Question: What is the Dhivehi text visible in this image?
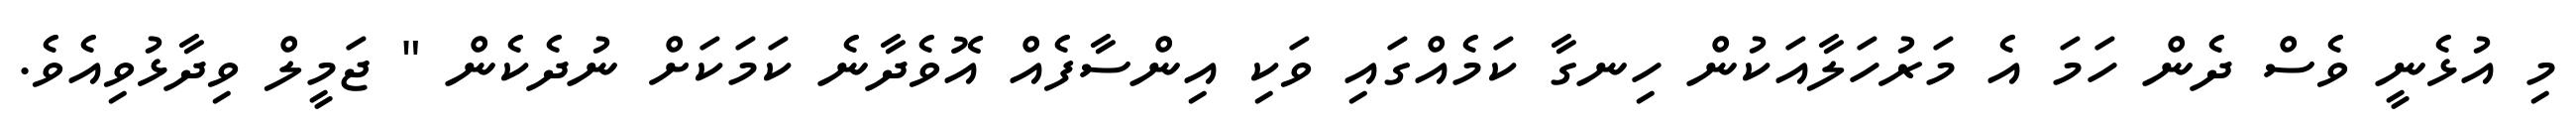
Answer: މި އުޅެނީ ވެސް ދެން ހަމަ އެ މަރުހަލާއަކުން ހިނގާ ކަމެއްގައި ވަކި އިންސާފެއް އޮވެދާނެ ކަމަކަށް ނުދެކެން " ޖަމީލް ވިދާޅުވިއެވެ.